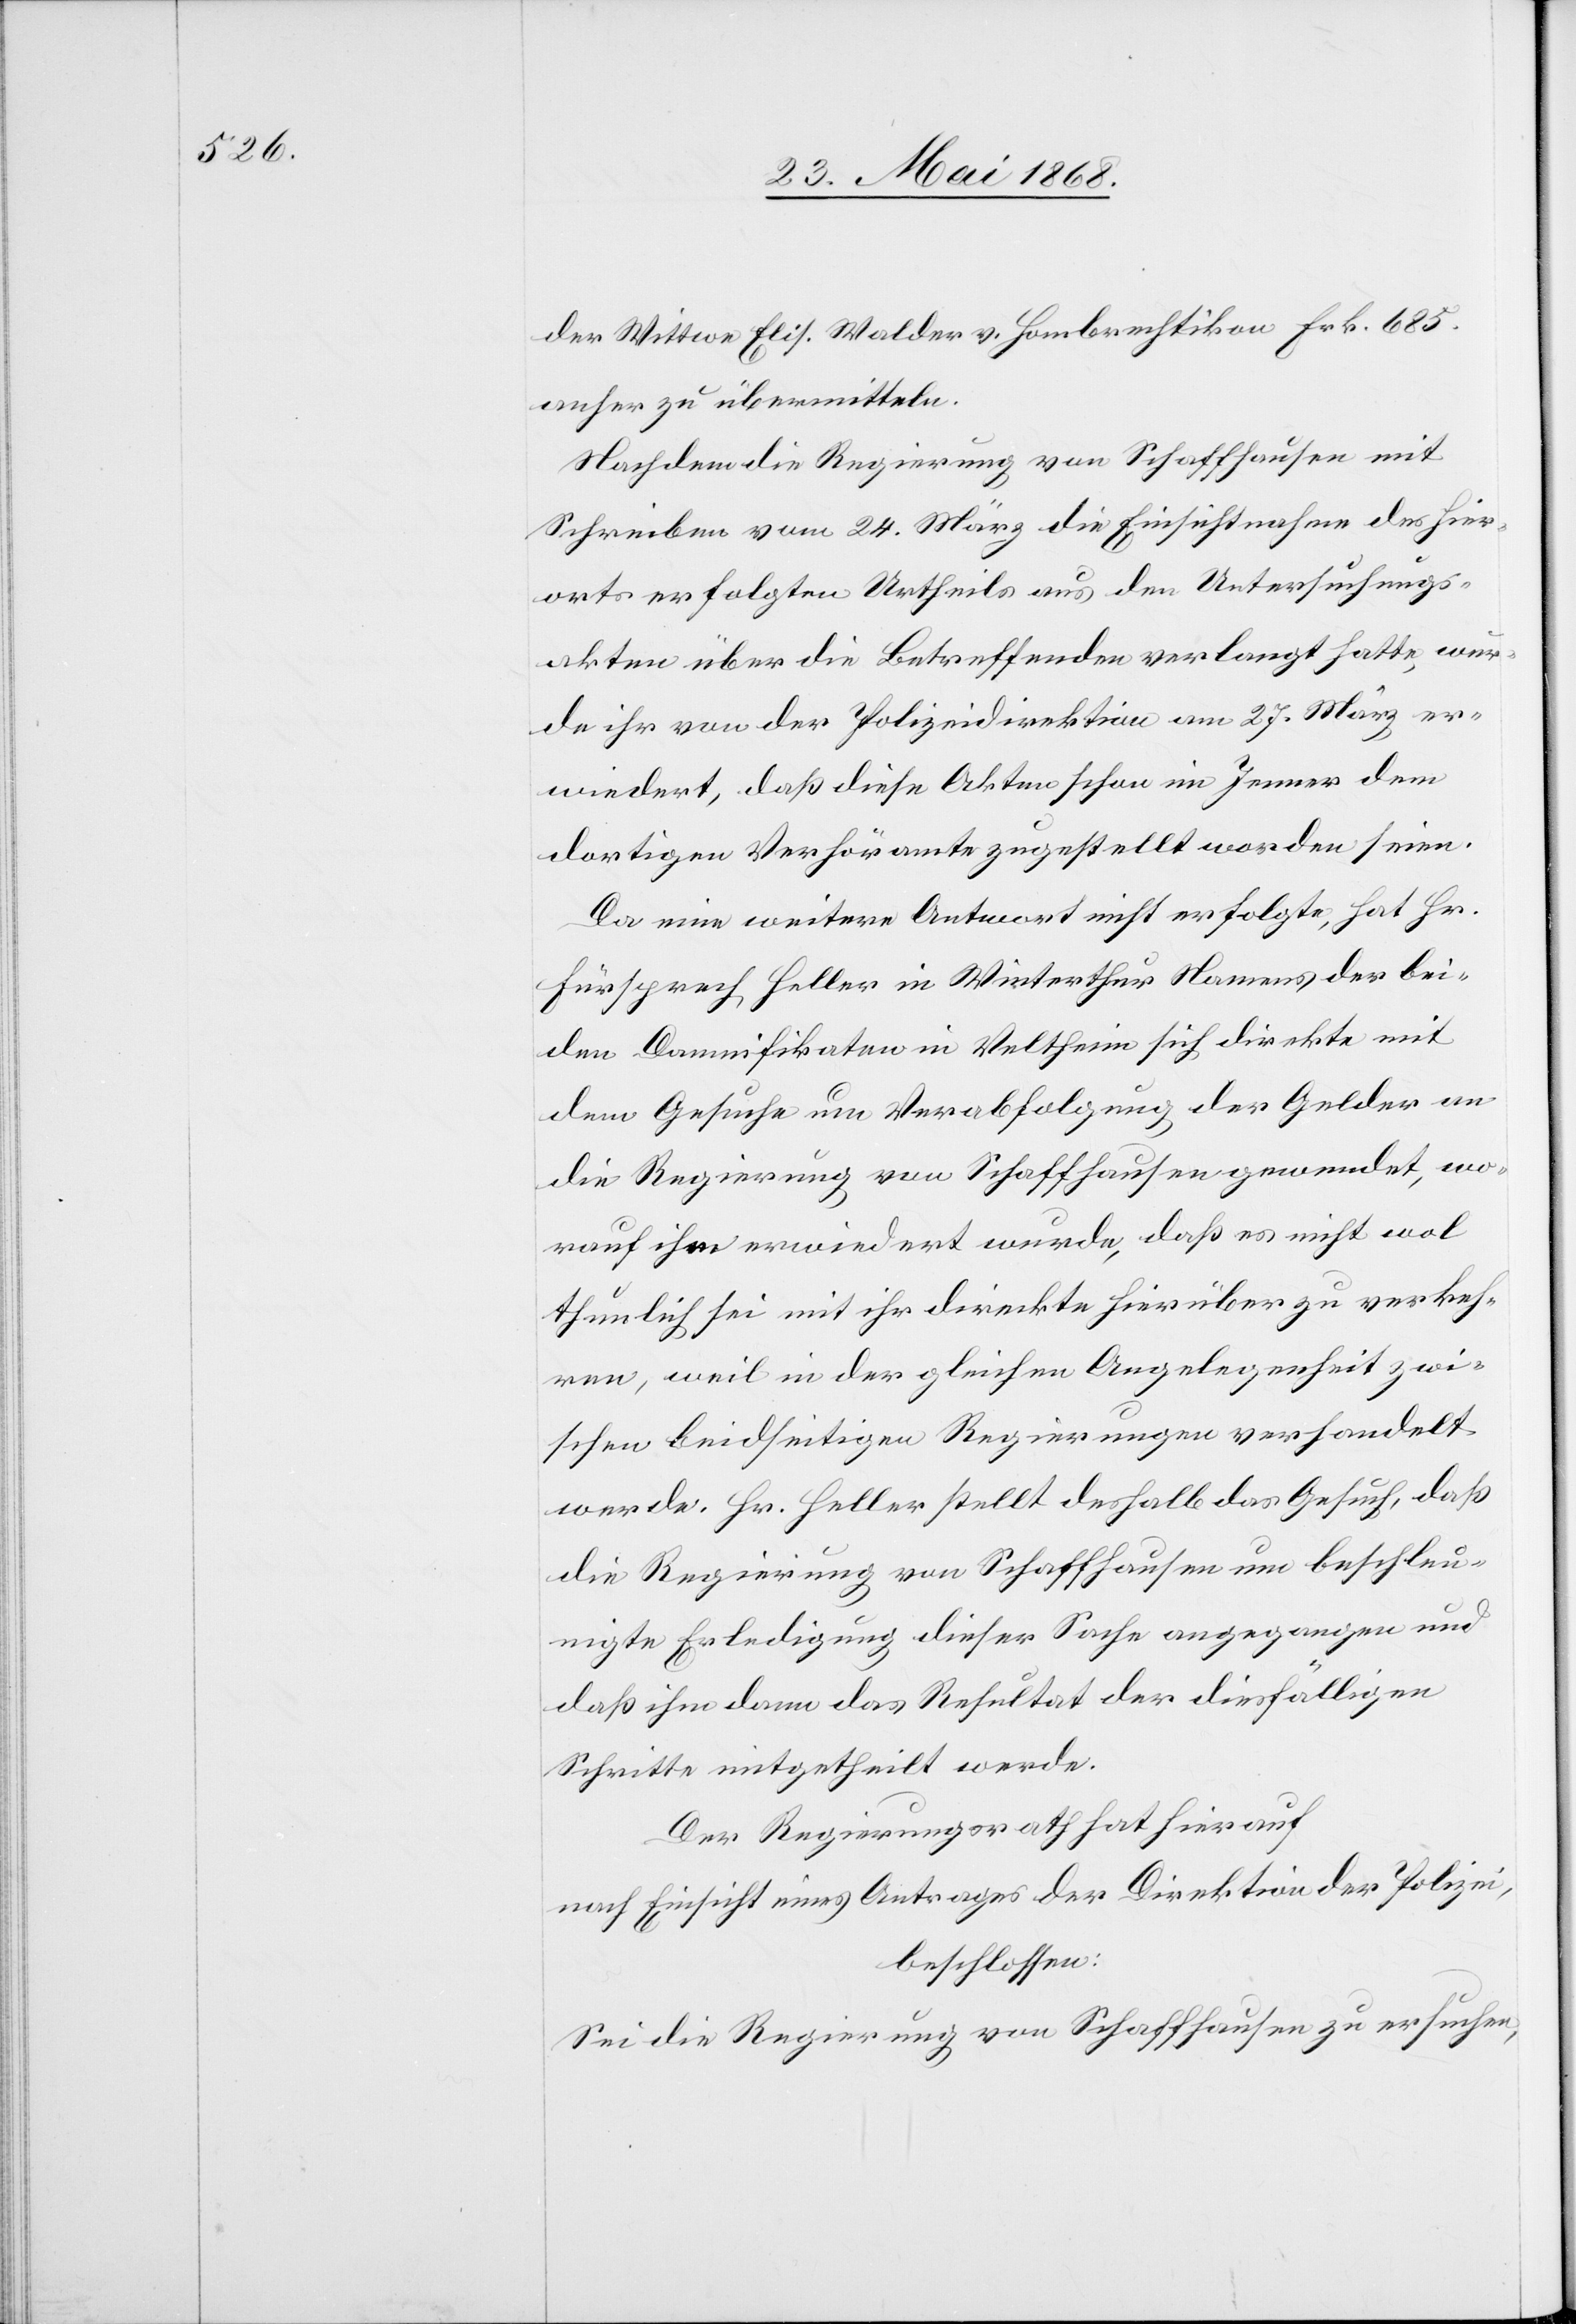
der Wittwe Elis. Walder v. Hombrechtikon Frk. 685.
anher zu übermitteln.
Nachdem die Regierung von Schaffhausen mit
Schreiben vom 24. März die Einsichtnahme des hier¬
orts erfolgten Urtheils aus den Untersuchungs¬
akten über die Betreffenden verlangt hatte, wur¬
de ihr von der Polizeidirektion am 27. März er¬
wiedert, daß diese Akten schon im Jenner dem
dortigen Verhöramte zugestellt worden seien.
Da eine weitere Antwort nicht erfolgte, hat Hr.
Fürsprech Heller in Winterthur Namens der bei¬
den Damnifikaten in Veltheim sich direkte mit
dem Gesuche um Verabfolgung der Gelder an
die Regierung von Schaffhausen gewendet, wo¬
rauf ihm erwiedert wurde, daß es nicht wol
thunlich sei mit ihr direkte hierüber zu verkeh¬
ren, weil in der gleichen Angelegenheit zwi¬
schen beidseitigen Regierungen verhandelt
werde. Hr. Heller stellt deshalb das Gesuch, daß
die Regierung von Schaffhausen um beschleu¬
nigte Erledigung dieser Sache angegangen und
daß ihm dann das Resultat der diesfälligen
Schritte mitgetheilt werde.
Der Regierungsrath hat hierauf
nach Einsicht eines Antrages der Direktion der Polizei,
beschlossen:
Sei die Regierung von Schaffhausen zu ersuchen,